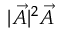
| \vec { A } | ^ { 2 } \vec { A }